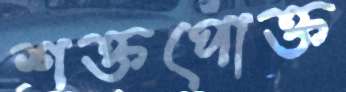
শক্তপোক্ত